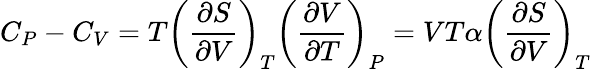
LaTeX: C_{P}-C_{V}=T\left({\frac{\partial S}{\partial V}}\right)_{T}\left({\frac{\partial V}{\partial T}}\right)_{P}=VT\alpha\left({\frac{\partial S}{\partial V}}\right)_{T}